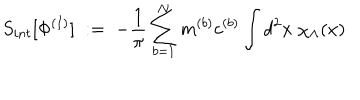
S _ { i n t } [ \Phi ^ { ( I ) } ] \; : = \; - \frac { 1 } { \pi } \sum _ { b = 1 } ^ { N } m ^ { ( b ) } c ^ { ( b ) } \int d ^ { 2 } x \; \chi _ { \Lambda } ( x )